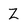
Character: Z